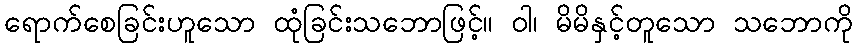
ရောက်စေခြင်းဟူသော ထုံခြင်းသဘောဖြင့်။ ဝါ၊ မိမိနှင့်တူသော သဘောကို